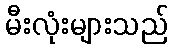
မီးလုံးများသည်